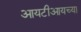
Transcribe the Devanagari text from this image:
आयटीआयच्या